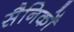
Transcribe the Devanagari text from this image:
सैनिकोँ